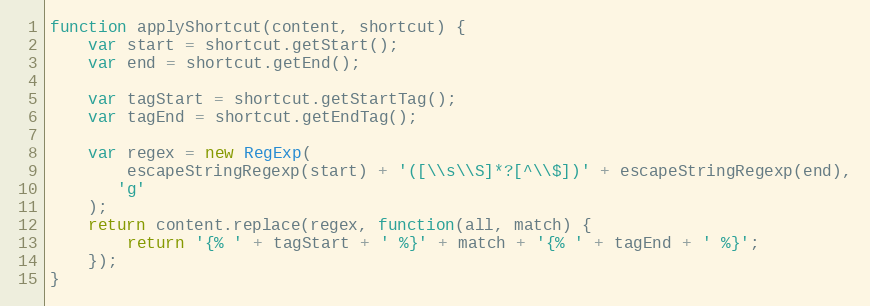
Language: JavaScript
function applyShortcut(content, shortcut) {
    var start = shortcut.getStart();
    var end = shortcut.getEnd();

    var tagStart = shortcut.getStartTag();
    var tagEnd = shortcut.getEndTag();

    var regex = new RegExp(
        escapeStringRegexp(start) + '([\\s\\S]*?[^\\$])' + escapeStringRegexp(end),
       'g'
    );
    return content.replace(regex, function(all, match) {
        return '{% ' + tagStart + ' %}' + match + '{% ' + tagEnd + ' %}';
    });
}